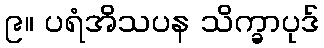
၉။ ပရံအိသပန သိက္ခာပုဒ်